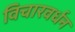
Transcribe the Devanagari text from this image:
विचारवर्धन